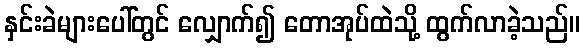
နှင်းခဲများပေါ်တွင် လျှောက်၍ တောအုပ်ထဲသို့ ထွက်လာခဲ့သည်။